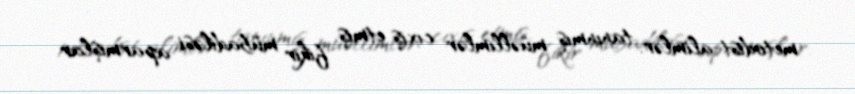
metodist-alimlər, tanınmış müəllimlər cıxış etmiş, fikir mübadiləsi aparmışlar.